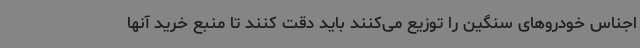
اجناس خودروهای سنگین را توزیع می‌کنند باید دقت کنند تا منبع خرید آنها